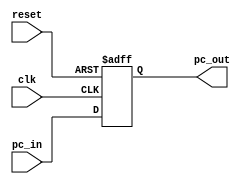
module ProgramCounter(
    input clk,
    input reset,
    input [31:0] pc_in,
    output reg [31:0] pc_out
);

    always @(posedge clk or posedge reset) begin
        if (reset) begin
            pc_out <= 32'b0;
        end else begin
            pc_out <= pc_in;
        end
    end

endmodule